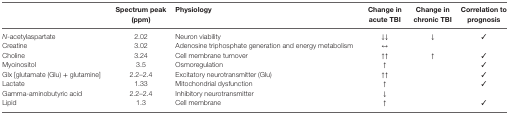
<table><thead><tr><td></td><td><b>Spectrum peak (ppm)</b></td><td><b>Physiology</b></td><td><b>Change in acute TBI</b></td><td><b>Change in chronic TBI</b></td><td><b>Correlation to prognosis</b></td></tr></thead><tbody><tr><td><i>N</i>-acetylaspartate</td><td>2.02</td><td>Neuron viability</td><td>↓↓</td><td>↓</td><td>✓</td></tr><tr><td>Creatine</td><td>3.02</td><td>Adenosine triphosphate generation and energy metabolism</td><td>↔</td><td></td><td></td></tr><tr><td>Choline</td><td>3.24</td><td>Cell membrane turnover</td><td>↑↑</td><td>↑</td><td>✓</td></tr><tr><td>Myoinositol</td><td>3.5</td><td>Osmoregulation</td><td>↑</td><td></td><td>✓</td></tr><tr><td>Glx [glutamate (Glu) + glutamine]</td><td>2.2–2.4</td><td>Excitatory neurotransmitter (Glu)</td><td>↑↑</td><td></td><td>✓</td></tr><tr><td>Lactate</td><td>1.33</td><td>Mitochondrial dysfunction</td><td>↑</td><td></td><td>✓</td></tr><tr><td>Gamma-aminobutyric acid</td><td>2.2–2.4</td><td>Inhibitory neurotransmitter</td><td>↓</td><td></td><td></td></tr><tr><td>Lipid</td><td>1.3</td><td>Cell membrane</td><td>↑</td><td></td><td>✓</td></tr></tbody></table>